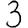
Digit: 3